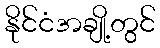
နိုင်ငံအချို့တွင်